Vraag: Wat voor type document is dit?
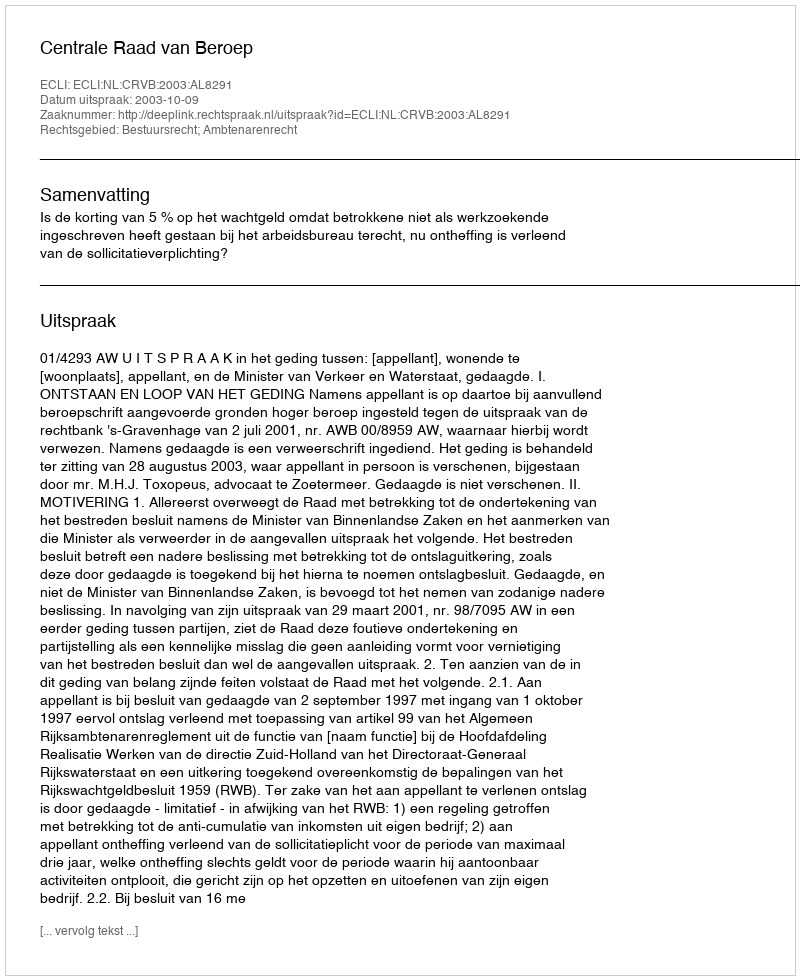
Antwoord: Uitspraak